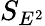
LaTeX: S_{E^{2}}